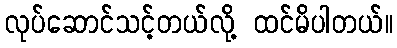
လုပ်ဆောင်သင့်တယ်လို့ ထင်မိပါတယ်။